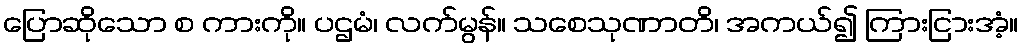
ပြောဆိုသော စ ကားကို။ ပဌမံ၊ လက်မွန်။ သစေသုဏာတိ၊ အကယ်၍ ကြားငြားအံ့။